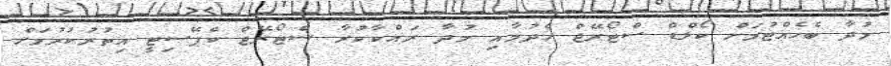
މުދާ ބެހެއްޓުމަށް ކޯލްޑް ސްޓޯރޭޖް ހެދުމާއި މުދާ ރައްކާކުރާ ސްޓޯރޭޖް ކެޕޭސިޓީ އިތުރުކުރުމަށް